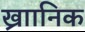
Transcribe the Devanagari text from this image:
ख्राानिक